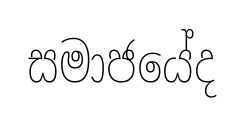
සමාජයේද